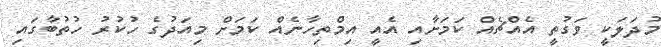
މުދަލަކީ ވަގުތީ އެއްޗެއް ކަމަށާއި އެއީ އިމްތިހާނެއް ކަމަށް މިއަދުގެ ހުކުރު ހުތުބާގައި